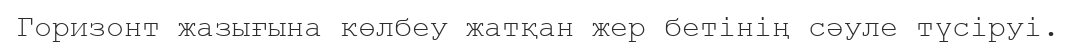
Горизонт жазығына көлбеу жатқан жер бетінің сәуле түсіруі.